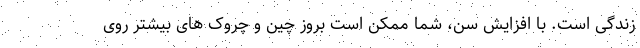
زندگی است. با افزایش سن، شما ممکن است بروز چین و چروک های بیشتر روی